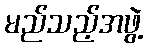
မည်သည့်အဖွဲ့